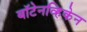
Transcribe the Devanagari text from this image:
बॉटेनव्हिकेन